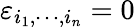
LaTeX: \varepsilon_{i_{1},\cdots,i_{n}}=0